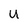
Character: U